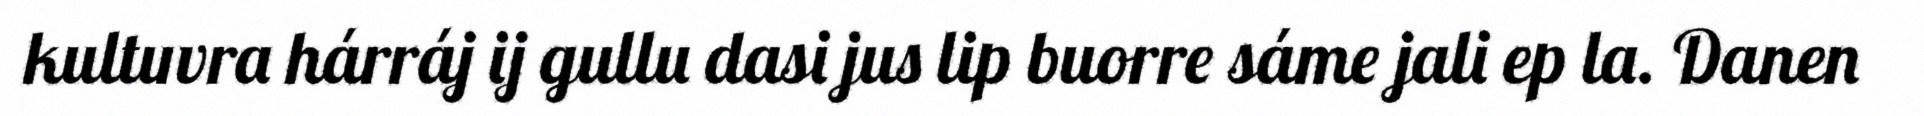
kultuvra hárráj ij gullu dasi jus lip buorre sáme jali ep la. Danen